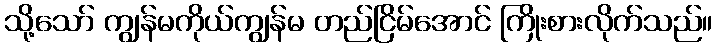
သို့သော် ကျွန်မကိုယ်ကျွန်မ တည်ငြိမ်အောင် ကြိုးစားလိုက်သည်။